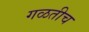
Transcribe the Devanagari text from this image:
गळतीच